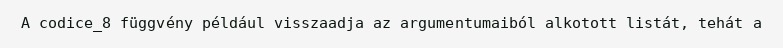
A codice_8 függvény például visszaadja az argumentumaiból alkotott listát, tehát a